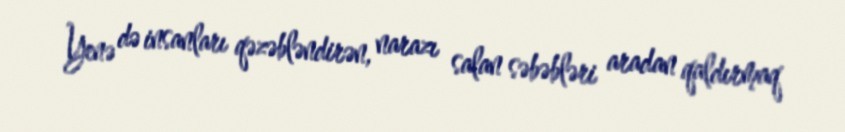
Yenə də insanları qəzəbləndirən, narazı salan səbəbləri aradan qaldırmaq